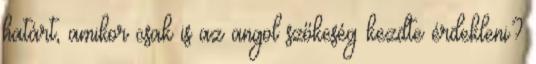
határt, amikor csak is az angol szőkeség kezdte érdekleni?